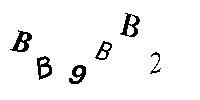
BB9BB2